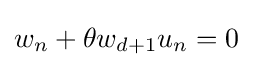
w_{n}+\theta w_{d+1}u_{n}=0